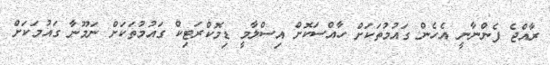
ރާއްޖެ ފެންނާނީ އެހެން ގައުމުތަކަށް ހާއްސަކޮށް އިސްލާމީ ޑިމޮކްރަޓިކް ގައުމުތަކަށް ނަމޫނާ ގައުމަކަށް